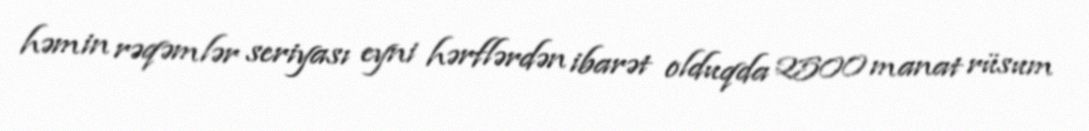
həmin rəqəmlər seriyası eyni hərflərdən ibarət olduqda 2500 manat rüsum